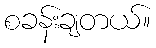
စခန်းချတယ်။